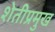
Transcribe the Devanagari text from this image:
शेतीप्रमुख